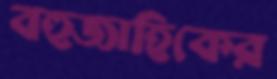
বহুজাহিকের